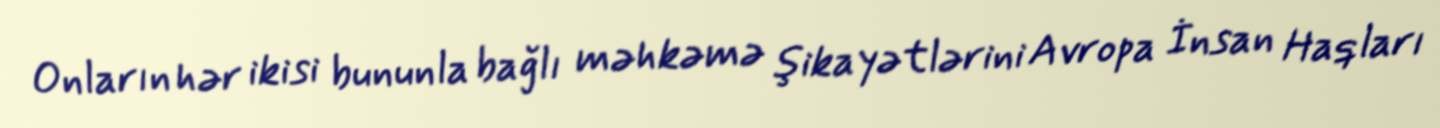
Onların hər ikisi bununla bağlı məhkəmə şikayətlərini Avropa İnsan Haqları